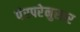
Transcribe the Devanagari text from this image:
पंरपरेनुसार